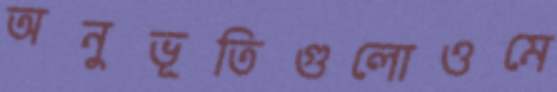
অনুভূতিগুলোওমে